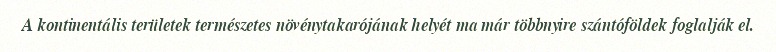
A kontinentális területek természetes növénytakarójának helyét ma már többnyire szántóföldek foglalják el.